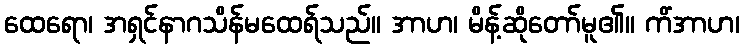
ထေရော၊ အရှင်နာဂသိန်မထေရ်သည်။ အာဟ၊ မိန့်ဆိုတော်မူ၏။ ကိံအာဟ၊